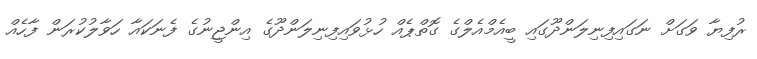
ރުފިޔާ ވަގަށް ނަގައިފިނިލަންދޫގައި ބީއެމްއެލްގެ ގޮތްޕެއް ހުޅުވައިފިނިލަންދޫގެ އިންޖީނުގެ ފެނަކައާ ހަވާލުކުރަން ފާހެއް